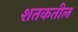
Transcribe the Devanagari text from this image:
शतकतील